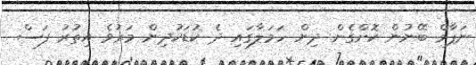
ނަޕާމް ބޭނުން ކޮށްގެން ދިން ހަމަލާގައި ދެ ކުޑަކުދިން މަރުވެ އިތުރު ފަސް